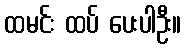
ထမင်း ထပ် ပေးပါဦး။